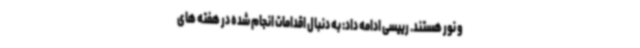
و نور هستند. رییسی ادامه داد: به دنبال اقدامات انجام شده در هفته های